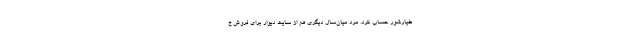
خیارشور حساب کرد. مرد میان‌سال دیگری هم از سایت دیوار برای فروش خ